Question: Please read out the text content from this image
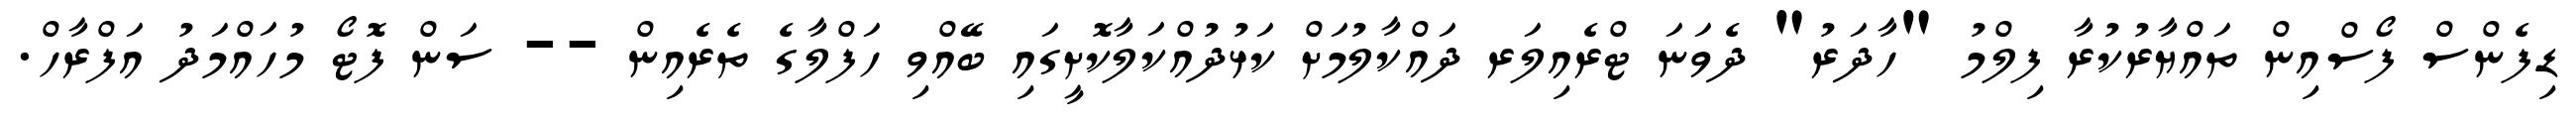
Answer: ޑިފެންސް ފޯސްއިން ތައްޔާރުކުރާ ފިލްމު "ހާދަރު" ދެވަނަ ޓްރެއިލަރ ދައްކާލުމަށް ކަޅުދުއްކަލާކޮށީގައި ބޭއްވި ހަފްލާގެ ތެރެއިން -- ސަން ފޮޓޯ މުހައްމަދު އަފްރާހް.